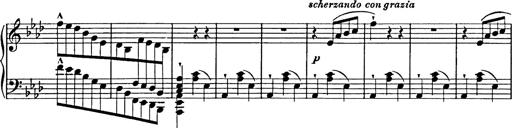
Title: Feuilles d'Album
Composer: Percy Godfrey